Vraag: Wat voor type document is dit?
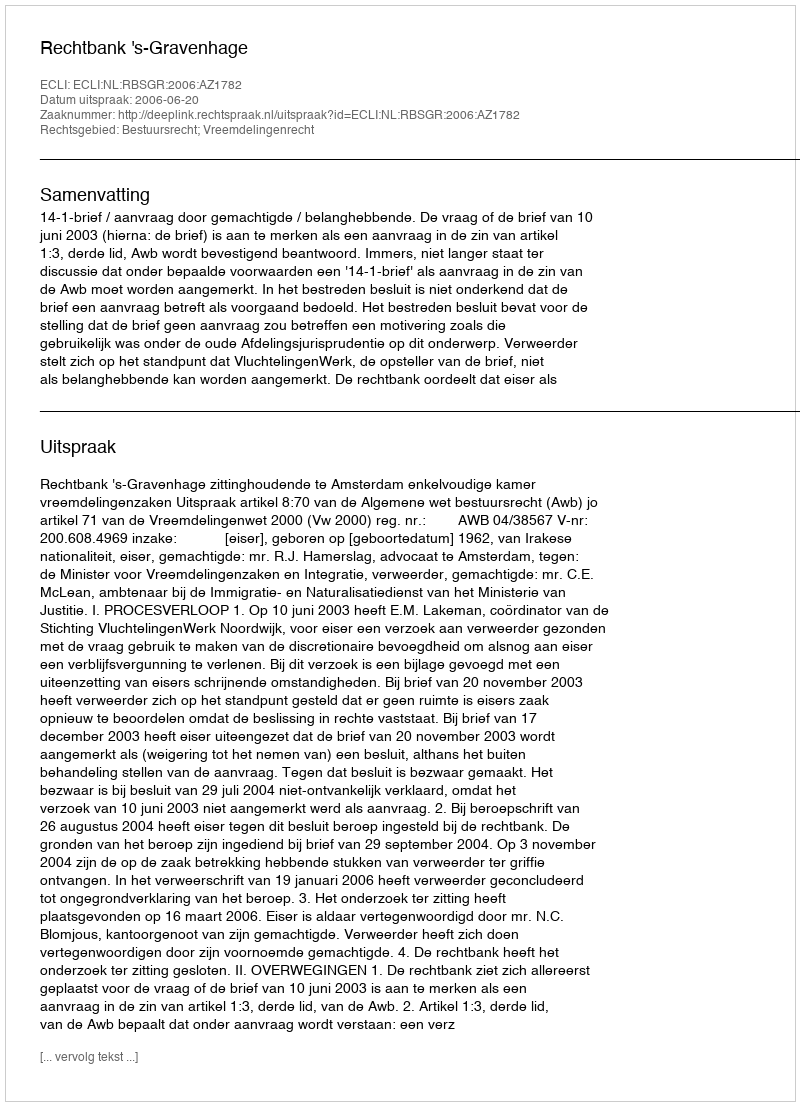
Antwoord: Uitspraak